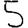
Digit: 5